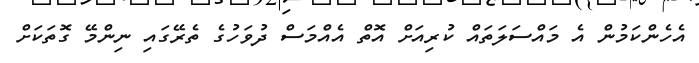
އެހެންކަމުން އެ މައްސަލަތައް ކުރިއަށް އޮތް އެއްމަސް ދުވަހުގެ ތެރޭގައި ނިންމޭ ގޮތަކަށް